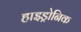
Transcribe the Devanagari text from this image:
हाइड्रोनिक